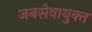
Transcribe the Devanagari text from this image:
जनसेवायुक्‍त